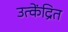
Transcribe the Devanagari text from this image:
उत्केंद्रित